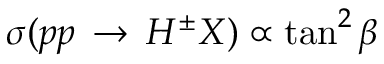
\sigma ( p p \, \to \, H ^ { \pm } X ) \propto \tan ^ { 2 } \beta